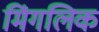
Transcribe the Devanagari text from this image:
मिंगलिक